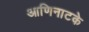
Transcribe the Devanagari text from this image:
आणिनाटके